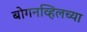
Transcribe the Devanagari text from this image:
बोगनव्हिलच्या